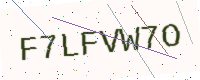
Text: F7LFVW7O